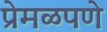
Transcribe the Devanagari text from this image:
प्रेमळपणे